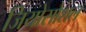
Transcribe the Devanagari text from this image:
जियोसोशल